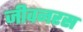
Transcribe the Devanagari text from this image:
जीवनरस